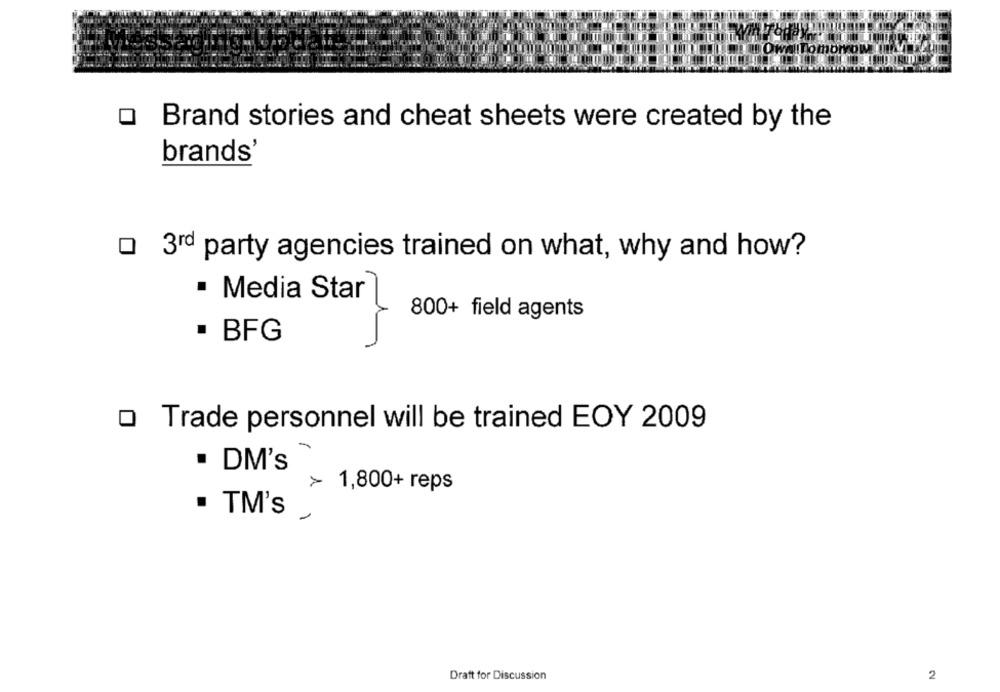
Tomorrow
Brand stories and cheat sheets were created by the
brands'
0 3rd party agencies trained on what, why and how?
Media Star
800+ field agents
· BFG
o Trade personnel will be trained EOY 2009
. DM's
> 1,800+ reps
TM's
Draft for Discussion
2